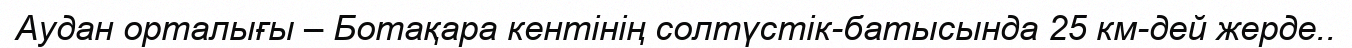
Аудан орталығы – Ботақара кентінің солтүстік-батысында 25 км-дей жерде..